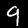
Label: 9